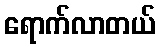
ရောက်လာတယ်